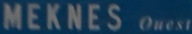
MEKNES Quest